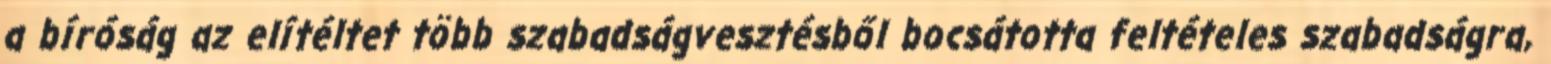
a bíróság az elítéltet több szabadságvesztésből bocsátotta feltételes szabadságra,